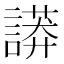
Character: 𧬏